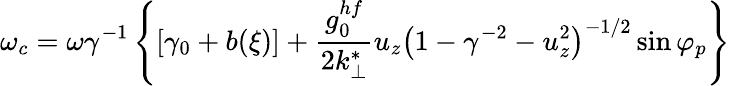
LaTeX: \omega_{c}=\omega\gamma^{-1}\left\{ \left[\gamma_{0}+b(\xi)\right]+\frac{g_{0}^{hf}}{2k_{\perp}^{*}}u_{z}\left(1-\gamma^{-2}-u_{z}^{2}\right)^{-1/2}\sin\varphi_{p}\right\}